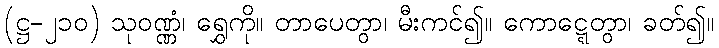
(ဋ္ဌ-၂၁၀) သုဝဏ္ဏံ၊ ရွှေကို။ တာပေတွာ၊ မီးကင်၍။ ကောဋ္ဋေတွာ၊ ခတ်၍။